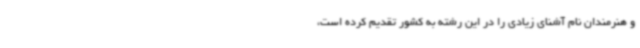
و هنرمندان نام آشنای زیادی را در این رشته به کشور تقدیم کرده است،